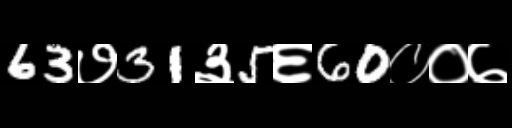
Text: 63७31३5६60००७